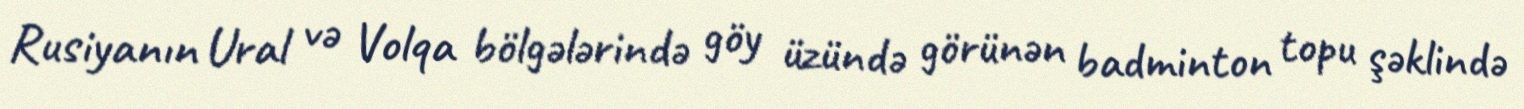
Rusiyanın Ural və Volqa bölgələrində göy üzündə görünən badminton topu şəklində